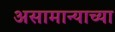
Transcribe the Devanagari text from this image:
असामान्याच्या